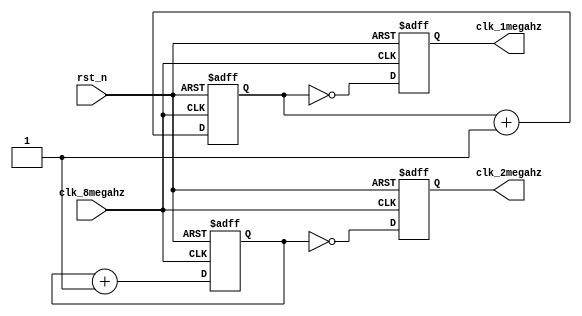
module clk_generator(
    input clk_8megahz,  // 8MHz input clock
    input rst_n,       // Active-low reset signal
    output reg clk_2megahz,  // 2MHz output clock
    output reg clk_1megahz   // 1MHz output clock
);

    reg [1:0] counter2; // 2-bit counter for 2MHz
    reg [2:0] counter1; // 3-bit counter for 1MHz

    always @(posedge clk_8megahz or negedge rst_n) begin
        if (!rst_n) begin
            counter2 <= 3'b0;  // Reset the counter for 2MHz
            counter1 <= 4'b0;  // Reset the counter for 1MHz
            clk_2megahz <= 1'b0;  // Initialize the 2MHz clock to 0
            clk_1megahz <= 1'b0;  // Initialize the 1MHz clock to 0
        end else begin
            // Increment counters
            counter2 <= counter2 + 1'b1;
            counter1 <= counter1 + 1'b1;

            // Generate the 2MHz clock by toggling every fourth rising edge
            clk_2megahz <= (counter2 == 2'b0);

            // Generate the 1MHz clock by toggling every eighth rising edge
            clk_1megahz <= (counter1 == 3'b0);
        end
    end

endmodule